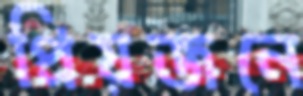
প্রিয়জনে